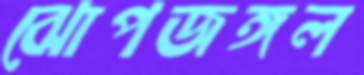
ঝোপজঙ্গল